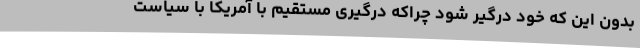
بدون این که خود درگیر شود چراکه درگیری مستقیم با آمریکا با سیاست‌